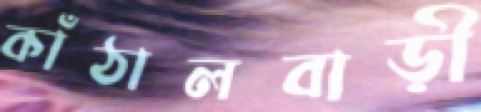
কাঁঠালবাড়ী